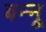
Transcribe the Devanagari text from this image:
बन्‍नू